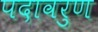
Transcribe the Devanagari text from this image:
पदावरुण